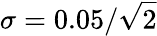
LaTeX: \sigma=0.05/\sqrt{2}